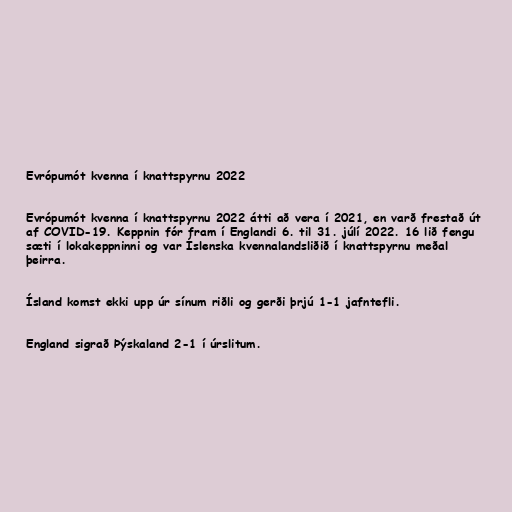
Evrópumót kvenna í knattspyrnu 2022

Evrópumót kvenna í knattspyrnu 2022 átti að vera í 2021, en varð frestað út
af COVID-19. Keppnin fór fram í Englandi 6. til 31. júlí 2022. 16 lið fengu
sæti í lokakeppninni og var Íslenska kvennalandsliðið í knattspyrnu meðal
þeirra.

Ísland komst ekki upp úr sínum riðli og gerði þrjú 1-1 jafntefli.

England sigrað Þýskaland 2-1 í úrslitum.